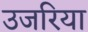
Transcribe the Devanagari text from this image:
उजरिया